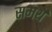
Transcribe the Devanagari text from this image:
समर्थें